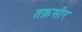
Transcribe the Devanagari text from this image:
तक़सीर